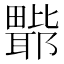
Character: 𭻲